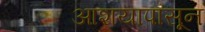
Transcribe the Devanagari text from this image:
आशयापासून